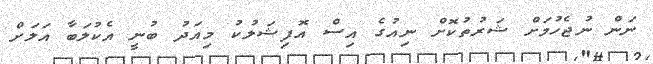
ނަން ނުޖެހުމަށް ޝަރުތުކޮށް ނިއުގެ އިސް އޮފިޝަލުކު މިއަދު ބުނީ އެކުލަބާ އަލަށް